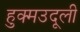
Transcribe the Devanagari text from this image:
हुक्मउदूली